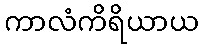
ကာလံကိရိယာယ